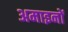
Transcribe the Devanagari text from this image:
अमाइनों